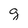
Character: g